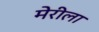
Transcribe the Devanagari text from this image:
मेरीला